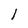
Character: l